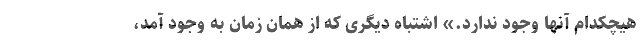
هیچکدام آنها وجود ندارد.» اشتباه دیگری که از همان زمان به وجود آمد،